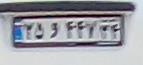
۳۵و۴۴۷۳۴